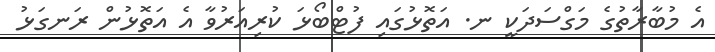
އެ މުބާރާތުގެ މަގްސަދަކީ ނ. އަތޮޅުގައި ފުޓްބޯޅަ ކުރިއަރުވާ އެ އަތޮޅުން ރަނގަޅު